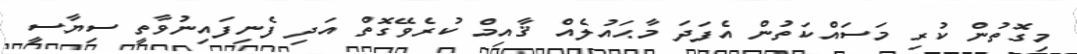
މިގޮތުން ކުރި މަސައްކަތުން އެފަދަ މާޙައުލެއް ޤާއިމް ކުރެވޭގޮތް އަދި ފެނިފައިނުވާތީ ސިޔާސީ